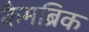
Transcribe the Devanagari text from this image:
कैमब्रिक